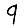
Digit: 9